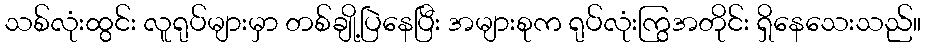
သစ်လုံးထွင်း လူရုပ်များမှာ တစ်ချို့ပြဲနေပြီး အများစုက ရုပ်လုံးကြွအတိုင်း ရှိနေသေးသည်။